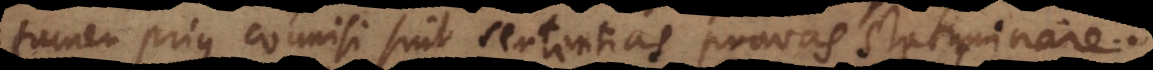
tamen prius connisi sint sententias pravas statuminare